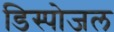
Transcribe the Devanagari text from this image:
डिस्पोजल